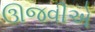
ઊજવીએ